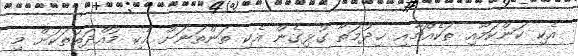
އެކި ކަންކަމާއި ތަކެއްޗާއި ޚިދުމަތާ ގުޅިގެން އެކި ތަންތަނަށް އެކި މުއްދަތުތަކަށް މި